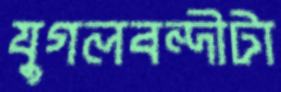
যুগলবন্দীটা